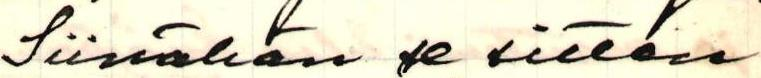
Siinähän se sitten